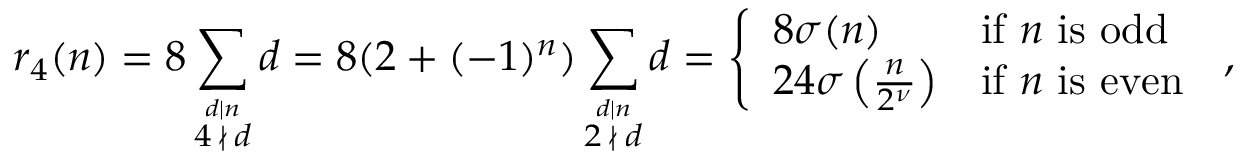
r _ { 4 } ( n ) = 8 \sum _ { \stackrel { d \mid n } { 4 \, \nmid \, d } } d = 8 ( 2 + ( - 1 ) ^ { n } ) \sum _ { \stackrel { d \mid n } { 2 \, \nmid \, d } } d = { \left\{ \begin{array} { l l } { 8 \sigma ( n ) } & { { \mathrm { i f ~ } } n { \mathrm { ~ i s ~ o d d ~ } } } \\ { 2 4 \sigma \left( { \frac { n } { 2 ^ { \nu } } } \right) } & { { \mathrm { i f ~ } } n { \mathrm { ~ i s ~ e v e n ~ } } } \end{array} \right. } ,